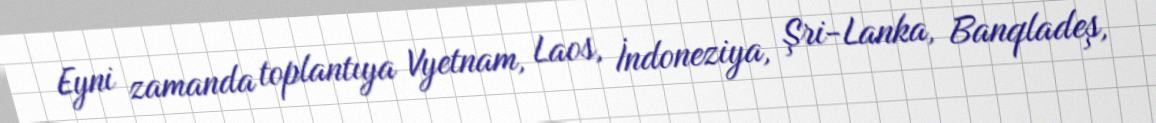
Eyni zamanda toplantıya Vyetnam, Laos, İndoneziya, Şri-Lanka, Banqladeş,